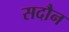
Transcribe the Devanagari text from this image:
सदौन